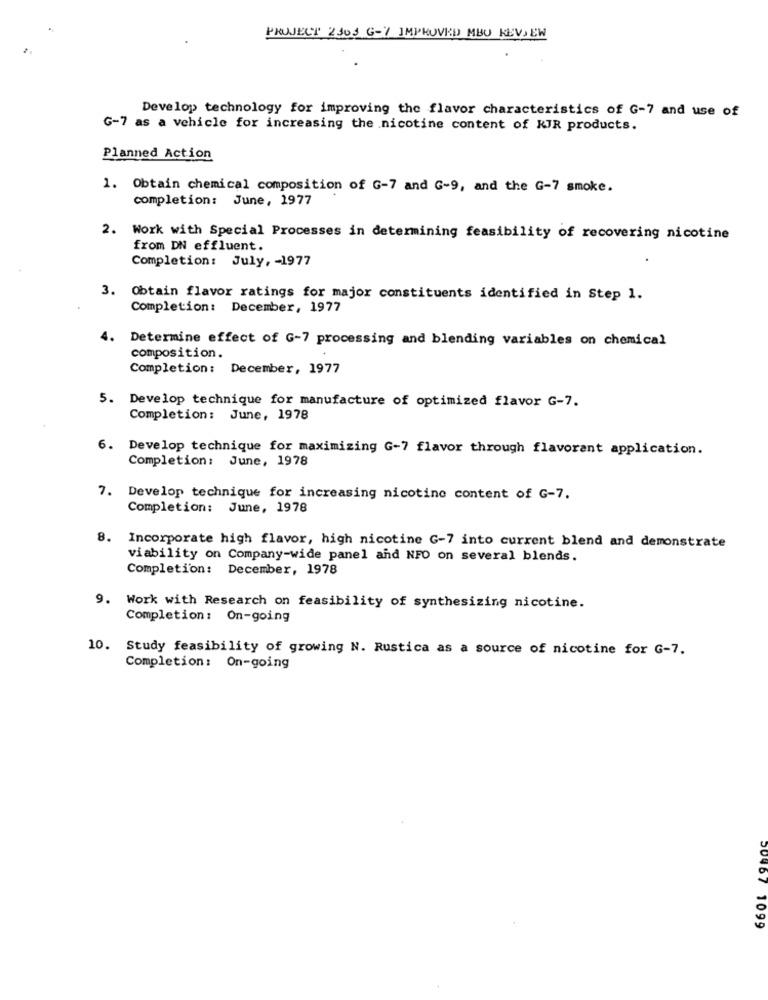
PROJECT 2303 G-Y IMPROVED MBO REVIEW
Develop technology for improving the flavor characteristics of G-7 and use of
G-7 as a vehicle for increasing the nicotine content of KIR products.
Planned Action
1. Obtain chemical composition of G-7 and G-9, and the G-7 smoke.
completion: June, 1977
2. Work with Special Processes in determining feasibility of recovering nicotine
from DN effluent.
Completion: July, - 1977
3. Obtain flavor ratings for major constituents identified in Step 1.
Completion: December, 1977
4.
Determine effect of G-7 processing and blending variables on chemical
composition.
Completion: December, 1977
5. Develop technique for manufacture of optimized flavor G-7.
Completion: June, 1978
6.
Develop technique for maximizing G-7 flavor through flavorant application.
Completion: June, 1978
7. Develop technique for increasing nicotine content of G-7.
Completion: June, 1978
8. Incorporate high flavor, high nicotine G-7 into current blend and demonstrate
viability on Company-wide panel and NFO on several blends.
Completion: December, 1978
9. Work with Research on feasibility of synthesizing nicotine.
Completion: On-going
10. Study feasibility of growing N. Rustica as a source of nicotine for G-7.
Completion: On-going
50467 1099